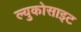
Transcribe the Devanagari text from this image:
ल्युकोसाइट